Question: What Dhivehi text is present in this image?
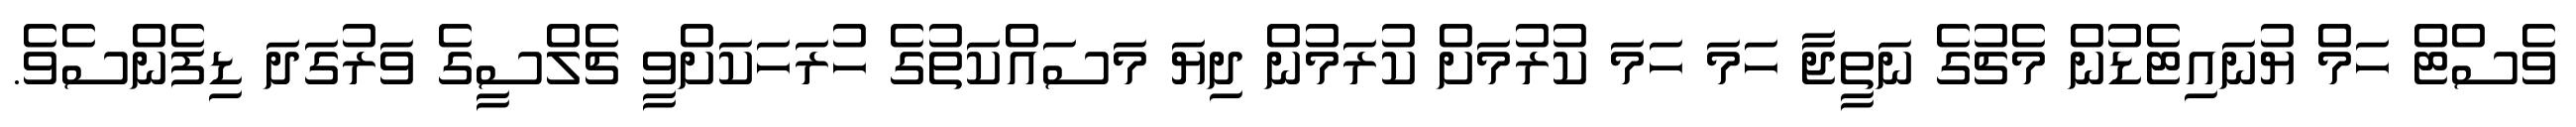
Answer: ވެސްޓް ހަމް ޔުނައިޓެޑުން މެޗުގެ ނަތީޖާ ހަމަ ހަމަ ކުރުމަށް ކުރަމުން ދިޔަ މަސައްކަތުގެ ހުރަހަކަށްވީ ޗެލްސީގެ ވަރުގަދަ ޑިފެންސެވެ.